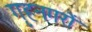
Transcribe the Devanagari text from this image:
गृहनगरों